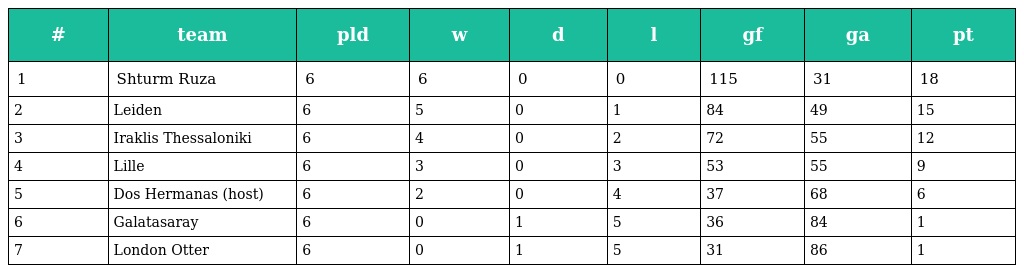
| # | team | pld | w | d | l | gf | ga | pt |
 | --- | --- | --- | --- | --- | --- | --- | --- | --- |
 | 1 | Shturm Ruza | 6 | 6 | 0 | 0 | 115 | 31 | 18 |
 | 2 | Leiden | 6 | 5 | 0 | 1 | 84 | 49 | 15 |
 | 3 | Iraklis Thessaloniki | 6 | 4 | 0 | 2 | 72 | 55 | 12 |
 | 4 | Lille | 6 | 3 | 0 | 3 | 53 | 55 | 9 |
 | 5 | Dos Hermanas (host) | 6 | 2 | 0 | 4 | 37 | 68 | 6 |
 | 6 | Galatasaray | 6 | 0 | 1 | 5 | 36 | 84 | 1 |
 | 7 | London Otter | 6 | 0 | 1 | 5 | 31 | 86 | 1 |